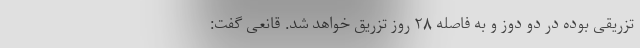
تزریقی بوده در دو دوز و به فاصله ۲۸ روز تزریق خواهد شد. قانعی گفت: